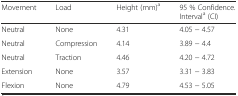
<table><thead><tr><td><b>Movement</b></td><td><b>Load</b></td><td><b>Height (mm)<sup>a</sup></b></td><td><b>95 % Confidence. Interval<sup>a</sup> (CI)</b></td></tr></thead><tbody><tr><td>Neutral</td><td>None</td><td>4.31</td><td>4.05 − 4.57</td></tr><tr><td>Neutral</td><td>Compression</td><td>4.14</td><td>3.89 − 4.4</td></tr><tr><td>Neutral</td><td>Traction</td><td>4.46</td><td>4.20 − 4.72</td></tr><tr><td>Extension</td><td>None</td><td>3.57</td><td>3.31 − 3.83</td></tr><tr><td>Flexion</td><td>None</td><td>4.79</td><td>4.53 − 5.05</td></tr></tbody></table>